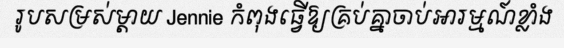
រូបសម្រស់ម្តាយ Jennie កំពុងធ្វើឱ្យគ្រប់គ្នាចាប់អារម្មណ៍ខ្លាំង